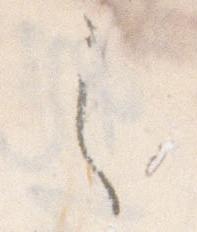
之